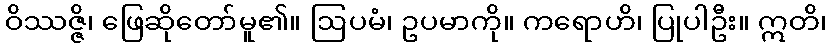
ဝိဿဇ္ဇိ၊ ဖြေဆိုတော်မူ၏။ ဩပမံ၊ ဥပမာကို။ ကရောဟိ၊ ပြုပါဦး။ ဣတိ၊